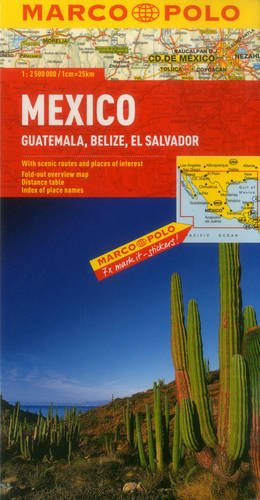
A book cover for Mexico, Guatemala, Belize, El Salvador Map (Marco Polo Maps); Marco Polo Travel; Travel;